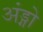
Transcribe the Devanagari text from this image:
अंड्गो